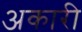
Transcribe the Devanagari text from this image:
अकारी